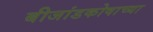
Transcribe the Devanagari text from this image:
बीजांडकोषाच्या